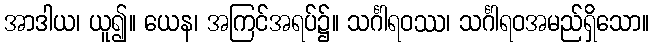
အာဒါယ၊ ယူ၍။ ယေန၊ အကြင်အရပ်၌။ သင်္ဂါရဝဿ၊ သင်္ဂါရဝအမည်ရှိသော။